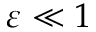
\varepsilon \ll 1